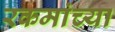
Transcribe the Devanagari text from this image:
रकमांच्या